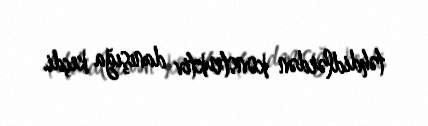
təhdidlərdən konstruktiv danışığa keçdi.